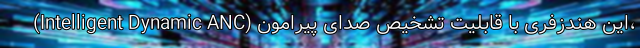
(Intelligent Dynamic ANC) این هندزفری با قابلیت تشخیص صدای پیرامون،